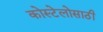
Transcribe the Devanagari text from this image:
कोस्टेलोसाठी